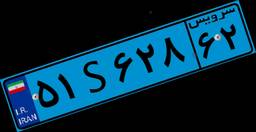
۰۱S۰۳۶۰۷